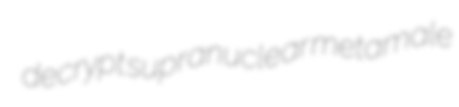
decrypt supranuclear metamale